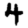
Digit: 4